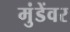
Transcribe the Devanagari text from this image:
मुंडेंवर